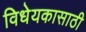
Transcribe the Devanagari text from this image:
विधेयकासाठी